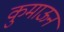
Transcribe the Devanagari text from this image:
कुमाऊन